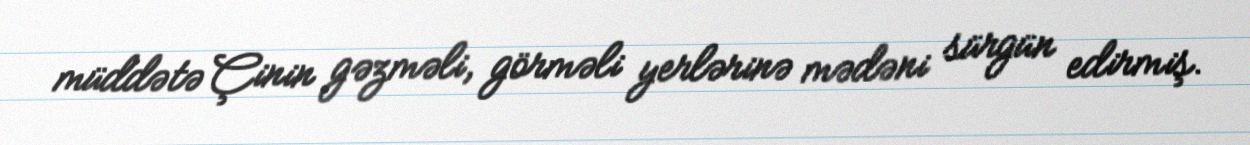
müddətə Çinin gəzməli, görməli yerlərinə mədəni sürgün edirmiş.